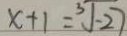
x + 1 = \sqrt [ 3 ] { - 2 7 }